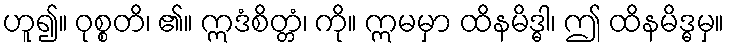
ဟူ၍။ ဝုစ္စတိ၊ ၏။ ဣဒံစိတ္တံ၊ ကို။ ဣမမှာ ထိနမိဒ္ဓါ၊ ဤ ထိနမိဒ္ဓမှ။